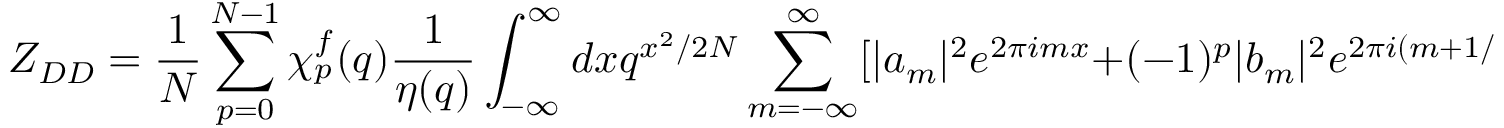
Z _ { D D } = { \frac { 1 } { N } } \sum _ { p = 0 } ^ { N - 1 } \chi _ { p } ^ { f } ( q ) { \frac { 1 } { \eta ( q ) } } \int _ { - \infty } ^ { \infty } d x q ^ { x ^ { 2 } / 2 N } \sum _ { m = - \infty } ^ { \infty } [ | a _ { m } | ^ { 2 } e ^ { 2 \pi i m x } + ( - 1 ) ^ { p } | b _ { m } | ^ { 2 } e ^ { 2 \pi i ( m + 1 / 2 ) x } ]